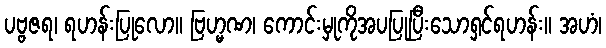
ပဗ္ဗဇရ၊ ရဟန်းပြုလော။ ဗြဟ္မဏ၊ ကောင်းမှုကိုအပပြုပြီးသောရှင်ရဟန်း။ အဟံ၊